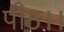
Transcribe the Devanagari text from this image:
पीठ।।